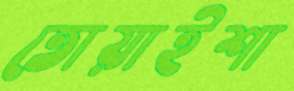
তোয়াইশা